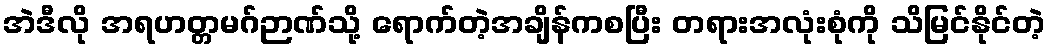
အဲဒီလို အရဟတ္တမဂ်ဉာဏ်သို့ ရောက်တဲ့အချိန်ကစပြီး တရားအလုံးစုံကို သိမြင်နိုင်တဲ့